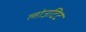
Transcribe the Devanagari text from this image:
लोउटिट